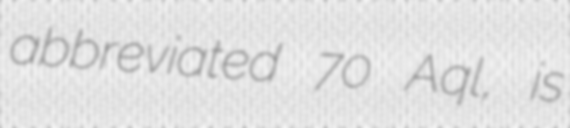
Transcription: abbreviated 70 Aql, is